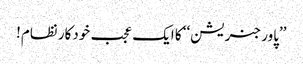
’’پاور جنریشن‘‘ کا ایک عجب خودکار نظام!